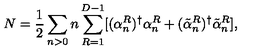
N = \frac { 1 } { 2 } \sum _ { n > 0 } n \sum _ { R = 1 } ^ { D - 1 } [ ( \alpha _ { n } ^ { R } ) ^ { \dag } \alpha _ { n } ^ { R } + ( \tilde { \alpha } _ { n } ^ { R } ) ^ { \dag } \tilde { \alpha } _ { n } ^ { R } ] ,